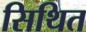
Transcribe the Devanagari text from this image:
सिथित